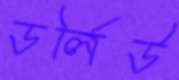
ডর্লিউ